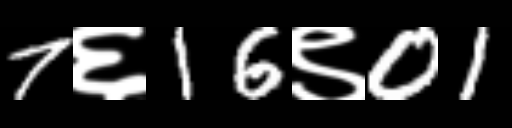
Text: 7६16९01